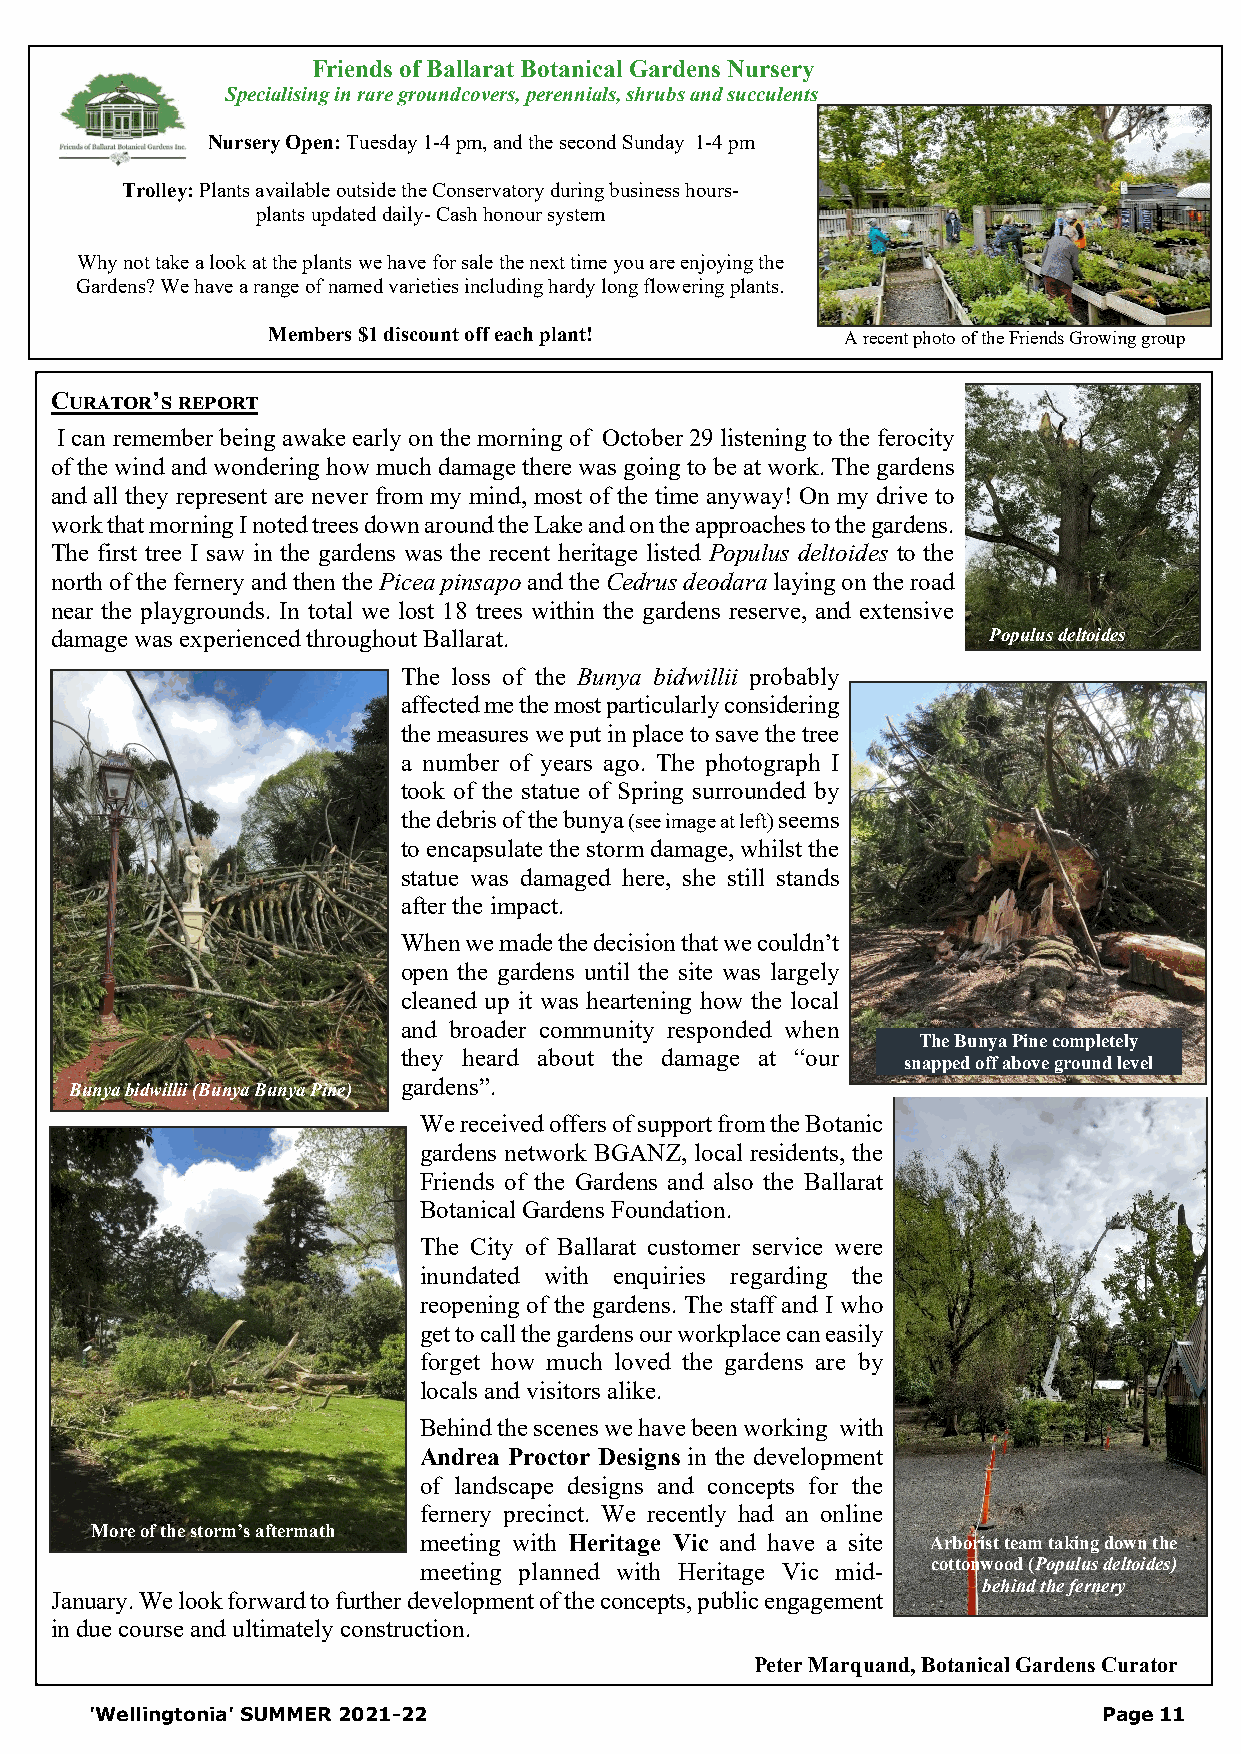
Friends of Ballarat Botanical Gardens Nursery
 Specialising in rare groundcovers, perennials, shrubs and succulents
 Nursery Open: Tuesday 1-4 pm, and the second Sunday 1-4 pm
 Trolley: Plants available outside the Conservatory during business hours-
 plants updated daily- Cash honour system
 Why not take a look at the plants we have for sale the next time you are enjoying the
 Gardens? We have a range of named varieties including hardy long flowering plants.
 Members $1 discount off each plant!   A recent photo of the Friends Growing group
 Curator’s report
 I can remember being awake early on the morning of October 29 listening to the ferocity
 of the wind and wondering how much damage there was going to be at work. The gardens
 and all they represent are never from my mind, most of the time anyway! On my drive to
 work that morning I noted trees down around the Lake and on the approaches to the gardens.
 The first tree I saw in the gardens was the recent heritage listed Populus deltoides to the
 north of the fernery and then the Picea pinsapo and the Cedrus deodara laying on the road
 near the playgrounds. In total we lost 18 trees within the gardens reserve, and extensive
 damage was experienced throughout Ballarat.                   Populus deltoides
 The loss of the Bunya bidwillii probably
 affected me the most particularly considering
 the measures we put in place to save the tree
 a number of years ago. The photograph I
 took of the statue of Spring surrounded by
 the debris of the bunya (see image at left) seems
 to encapsulate the storm damage, whilst the
 statue was damaged here, she still stands
 after the impact.
 When we made the decision that we couldn’t
 open the gardens until the site was largely
 cleaned up it was heartening how the local
 and broader community responded when
 The Bunya Pine completely
 they heard about the damage at “our
 snapped off above ground level
 Bunya bidwillii (Bunya Bunya Pine) gardens”.
 We received offers of support from the Botanic
 gardens network BGANZ, local residents, the
 Friends of the Gardens and also the Ballarat
 Botanical Gardens Foundation.
 The City of Ballarat customer service were
 inundated with enquiries regarding the
 reopening of the gardens. The staff and I who
 get to call the gardens our workplace can easily
 forget how much loved the gardens are by
 locals and visitors alike.
 Behind the scenes we have been working with
 Andrea Proctor Designs in the development
 of landscape designs and concepts for the
 fernery precinct. We recently had an online
 More of the storm’s aftermath
 meeting with Heritage Vic and have a site Arborist team taking down the
 meeting planned with Heritage Vic mid- cottonwood (Populus deltoides)
 behind the fernery
 January. We look forward to further development of the concepts, public engagement
 in due course and ultimately construction.
 Peter Marquand, Botanical Gardens Curator
 'Wellingtonia' SUMMER 2021-22                                      Page 11